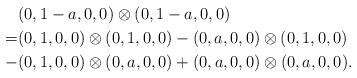
LaTeX: \begin{align*} &(0,1-a,0,0)\otimes(0,1-a,0,0) \\ = &(0,1,0,0)\otimes(0,1,0,0)-(0,a,0,0)\otimes(0,1,0,0) \\ -&(0,1,0,0)\otimes(0,a,0,0)+(0,a,0,0)\otimes(0,a,0,0).\end{align*}